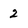
Character: 2